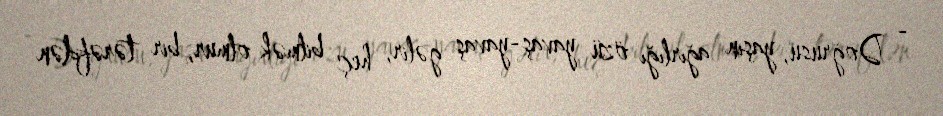
- Doğrusu, yaşın ağırlığı özü yavaş-yavaş gəlir, heç bilmək olmur, bir tərəfdən